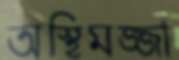
অস্থিমজ্জা